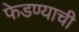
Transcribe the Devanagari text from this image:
फेडण्याची